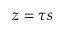
z = \tau s